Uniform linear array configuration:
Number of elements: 32
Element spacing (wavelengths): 0.25
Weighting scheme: uniform
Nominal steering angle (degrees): -30
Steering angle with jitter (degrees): -30.569
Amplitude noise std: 0.05
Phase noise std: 0.05

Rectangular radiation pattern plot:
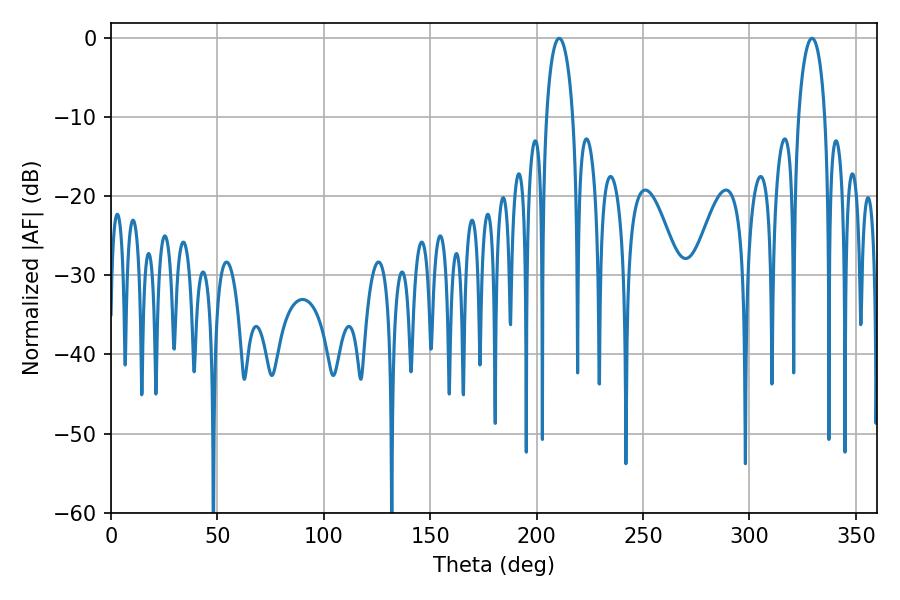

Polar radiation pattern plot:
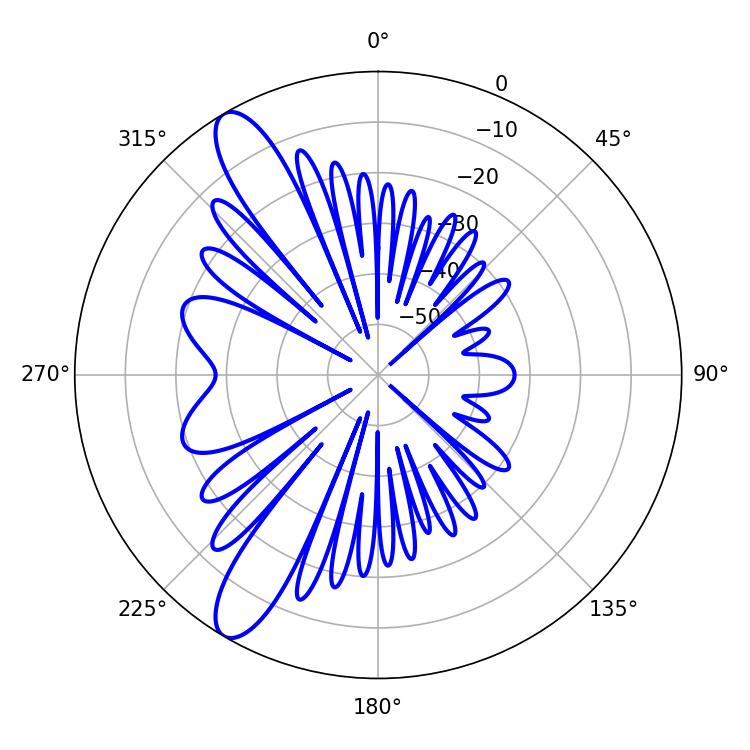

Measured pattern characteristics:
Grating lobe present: FALSE
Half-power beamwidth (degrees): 7.02
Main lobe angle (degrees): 210.6